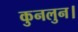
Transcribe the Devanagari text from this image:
कुनलुन।